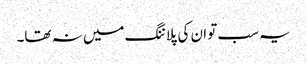
یہ سب تو ان کی پلاننگ میں نہ تھا۔